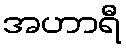
အဟာရီ